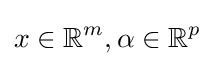
x\in \mathbb {R} ^{m},\alpha \in \mathbb {R} ^{p}